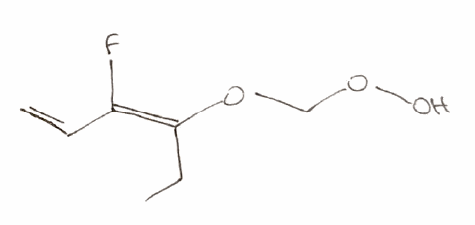
Simplified molecular-input line-entry system (SMILES) notation of the given molecule:
CC/C(=C(\C=C)/F)/OCOO